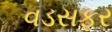
વડસફર